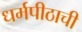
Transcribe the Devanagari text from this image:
धर्मपीठाची